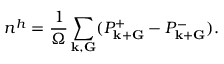
n ^ { h } = \frac { 1 } { \Omega } \sum _ { { \bf k } , { \bf G } } ( P _ { { \bf k } + { \bf G } } ^ { + } - P _ { { \bf k } + { \bf G } } ^ { - } ) .